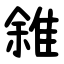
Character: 雓